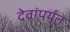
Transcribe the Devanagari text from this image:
देवांपर्यंत